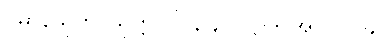
ပဓာနသုတ်၊ သုတ္တ-ပါ-၃၄၁၊ ဋ္ဌ-ဒု-အုပ်-၁၁၄၊